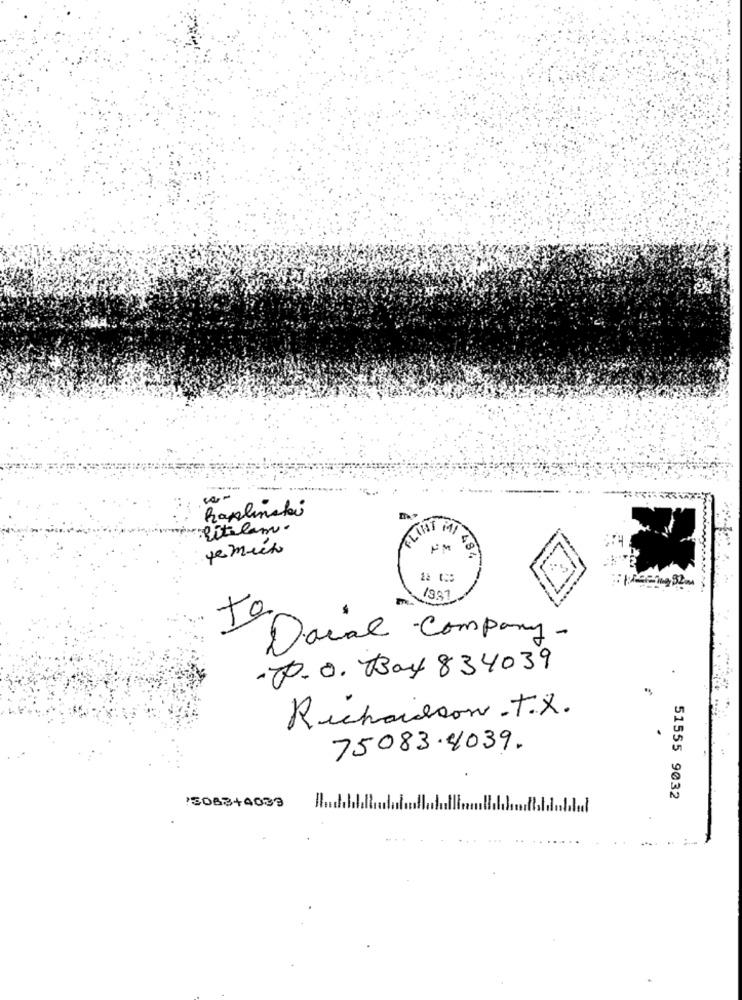
Raplinski
Ritalam.
remito
ELIHT MI 48
484
-
13.37
to.
Daval Company-
.P.O. Bay 834039
Richardson . T.X.
75083.4039.
'5083+4039
51555 9032